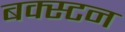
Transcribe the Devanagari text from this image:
बक्स्टन